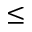
\leq